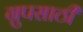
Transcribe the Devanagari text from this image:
ग्रुपसाठी